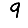
Digit: 9